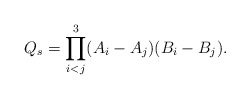
\begin{align*}Q_s=\prod^3_{i<j} (A_i-A_j)(B_i-B_j). \end{align*}